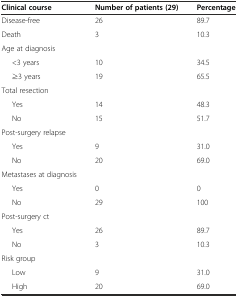
<table><thead><tr><td><b>Clinical course</b></td><td><b>Number of patients (29)</b></td><td><b>Percentage</b></td></tr></thead><tbody><tr><td>Disease-free</td><td>26</td><td>89.7</td></tr><tr><td>Death</td><td>3</td><td>10.3</td></tr><tr><td>Age at diagnosis</td><td></td><td></td></tr><tr><td>&lt;3 years</td><td>10</td><td>34.5</td></tr><tr><td>≥3 years</td><td>19</td><td>65.5</td></tr><tr><td>Total resection</td><td></td><td></td></tr><tr><td>Yes</td><td>14</td><td>48.3</td></tr><tr><td>No</td><td>15</td><td>51.7</td></tr><tr><td>Post-surgery relapse</td><td></td><td></td></tr><tr><td>Yes</td><td>9</td><td>31.0</td></tr><tr><td>No</td><td>20</td><td>69.0</td></tr><tr><td>Metastases at diagnosis</td><td></td><td></td></tr><tr><td>Yes</td><td>0</td><td>0</td></tr><tr><td>No</td><td>29</td><td>100</td></tr><tr><td>Post-surgery ct</td><td></td><td></td></tr><tr><td>Yes</td><td>26</td><td>89.7</td></tr><tr><td>No</td><td>3</td><td>10.3</td></tr><tr><td>Risk group</td><td></td><td></td></tr><tr><td>Low</td><td>9</td><td>31.0</td></tr><tr><td>High</td><td>20</td><td>69.0</td></tr></tbody></table>